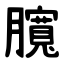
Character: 臗